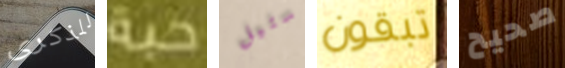
للذكرى حبة ستيل تبقون صحيح